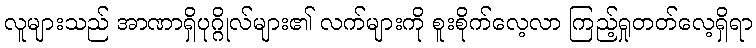
လူများသည် အာဏာရှိပုဂ္ဂိုလ်များ၏ လက်များကို စူးစိုက်လေ့လာ ကြည့်ရှုတတ်လေ့ရှိရာ